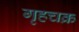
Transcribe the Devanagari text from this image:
गृहचक्र